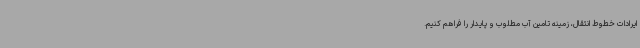
ایرادات خطوط انتقال، زمینه تامین آب مطلوب و پایدار را فراهم کنیم.